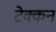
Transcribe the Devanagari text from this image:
टेक्कन